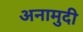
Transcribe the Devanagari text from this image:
अनामुदी